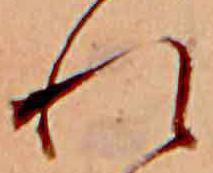
れ